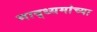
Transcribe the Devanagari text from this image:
माद्ध्यमांच्या